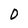
Character: 0